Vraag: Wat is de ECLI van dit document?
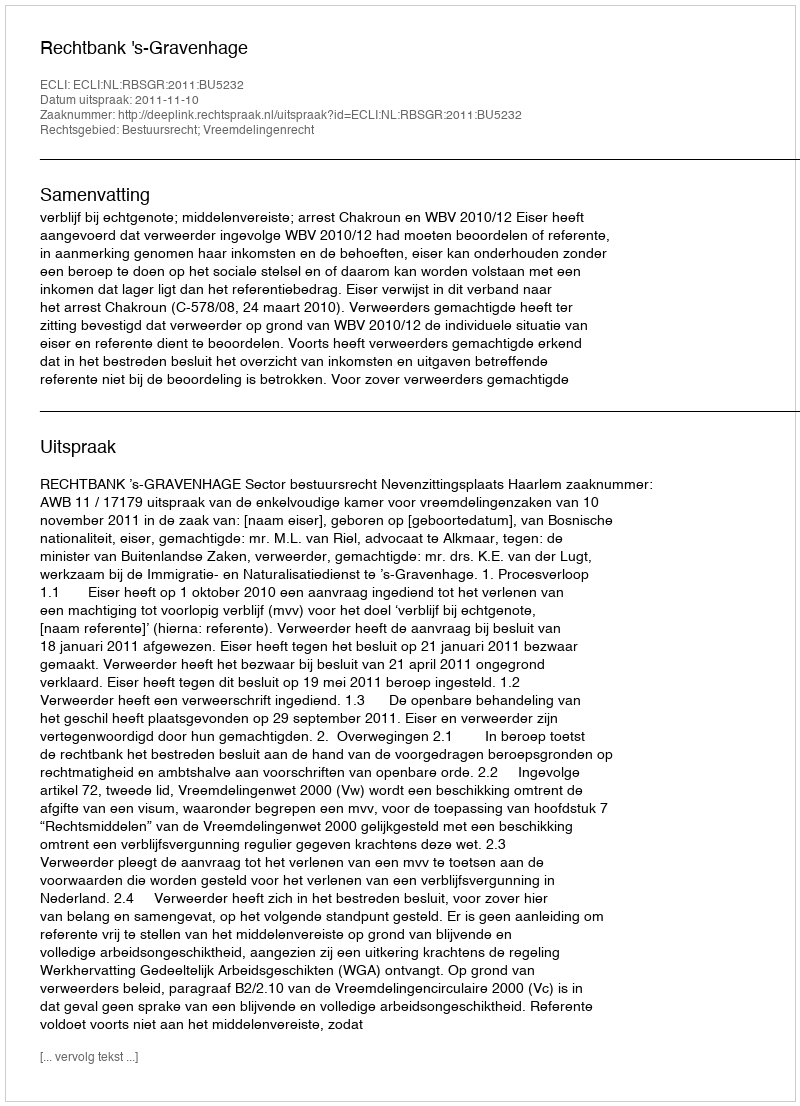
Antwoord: ECLI:NL:RBSGR:2011:BU5232